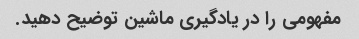
مفهومی را در یادگیری ماشین توضیح دهید.